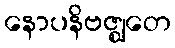
နောပနိဗဇ္ဈတေ